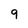
Character: 9